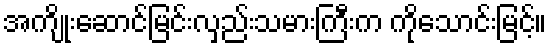
အကျိုးဆောင်မြင်းလှည်းသမားကြီးက ကိုသောင်းမြင့်။